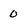
Character: 0